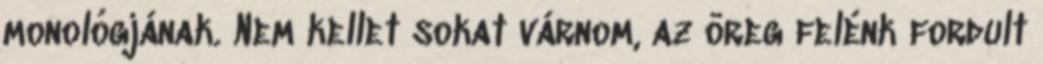
monológjának. Nem kellet sokat várnom, az öreg felénk fordult